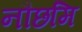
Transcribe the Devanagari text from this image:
नौछमि